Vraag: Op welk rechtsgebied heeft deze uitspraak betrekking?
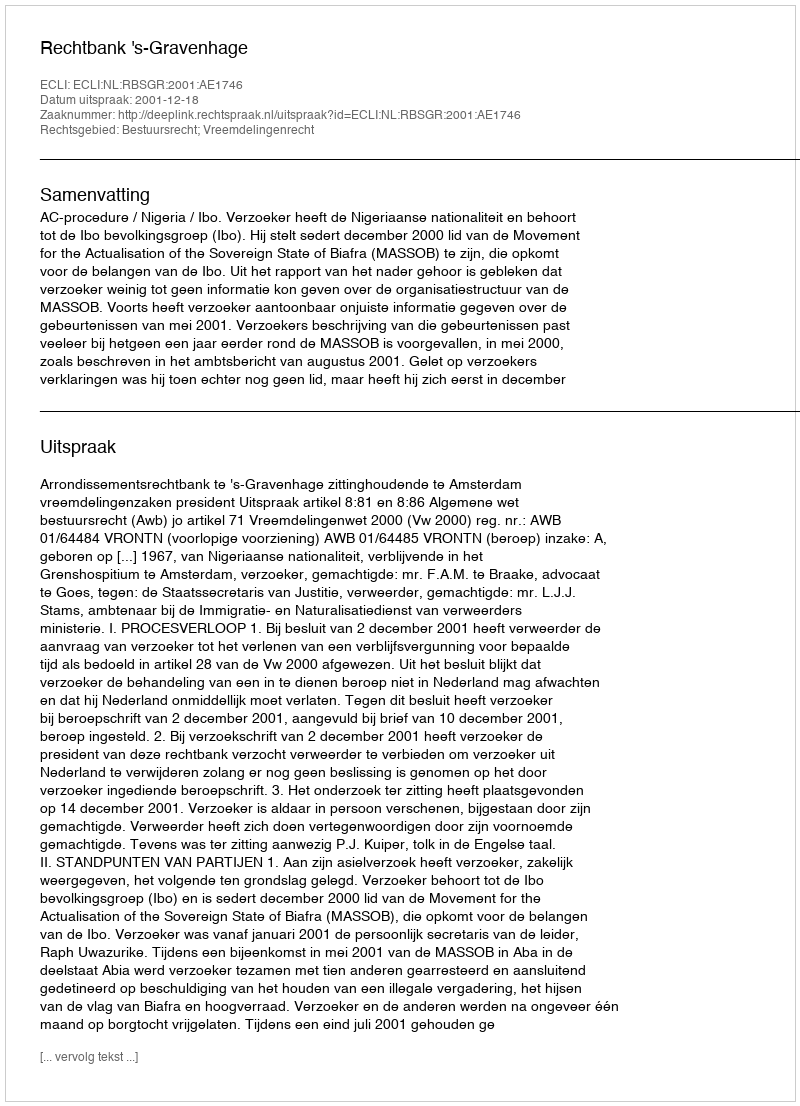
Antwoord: Bestuursrecht; Vreemdelingenrecht